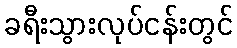
ခရီးသွားလုပ်ငန်းတွင်